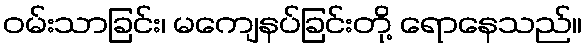
ဝမ်းသာခြင်း၊ မကျေနပ်ခြင်းတို့ ရောနေသည်။